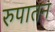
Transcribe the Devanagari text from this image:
रुपातन